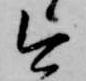
今